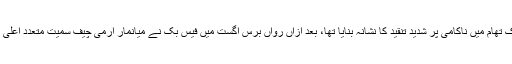
اقوام متحدہ سمیت عالمی قوتوں نے فیس بک کو منفی پوسٹوں کی روک تھام میں ناکامی پر شدید تنقید کا نشانہ بنایا تھا، بعد ازاں رواں برس اگست میں فیس بک نے میانمار آرمی چیف سمیت متعدد اعلیٰ افسران کے 18 فیس بک اکاؤنٹس اور 52 صفحات بند کردیئے تھے۔